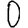
Digit: 0